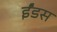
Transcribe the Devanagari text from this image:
ईंडस